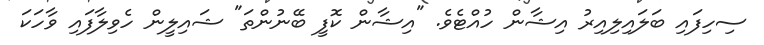
ސިހިފައި ބަލައިލިއިރު އިޝާން ހުއްޓެވެ. "އިޝާން ކޮފީ ބޭނުންތަ" ޝައިލީން ހެވިލާފައި ވާހަކަ